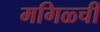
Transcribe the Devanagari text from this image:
मगिळ्ची